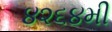
૪૨૬૪મી